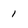
Character: 1